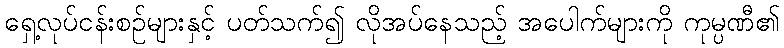
ရှေ့လုပ်ငန်းစဉ်များနှင့် ပတ်သက်၍ လိုအပ်နေသည့် အပေါက်များကို ကုမ္ပဏီ၏